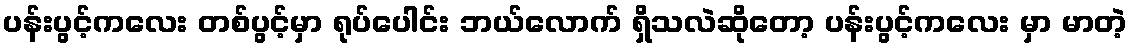
ပန်းပွင့်ကလေး တစ်ပွင့်မှာ ရုပ်ပေါင်း ဘယ်လောက် ရှိသလဲဆိုတော့ ပန်းပွင့်ကလေး မှာ မာတဲ့